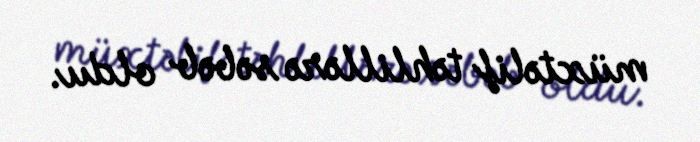
müxtəlif təhlillərə səbəb oldu.